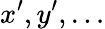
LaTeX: x^{\prime},y^{\prime},\ldots